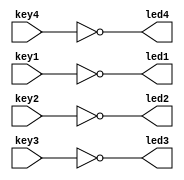
module LED
(
    input wire key1, key2, key3, key4,
    output wire led1, led2, led3, led4
);
    
    assign led1 = ~key1;
    assign led2 = ~key2;
    assign led3 = ~key3;
    assign led4 = ~key4;

endmodule